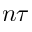
n \tau